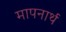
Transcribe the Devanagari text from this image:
मापनार्थ